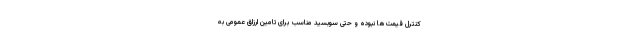
کنترل قیمت‌ها نبوده و حتی سوبسید مناسب برای تامین ارزاق عمومی به